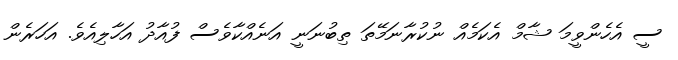
ސީ އެހެންވީމަ ޝާމް އެކަމެއް ނުކުރާނަމޭތަ ތިބުނަނީ އަނެއްކާވެސް ފުއާދު އަހާލިއެވެ. އަހަރެން